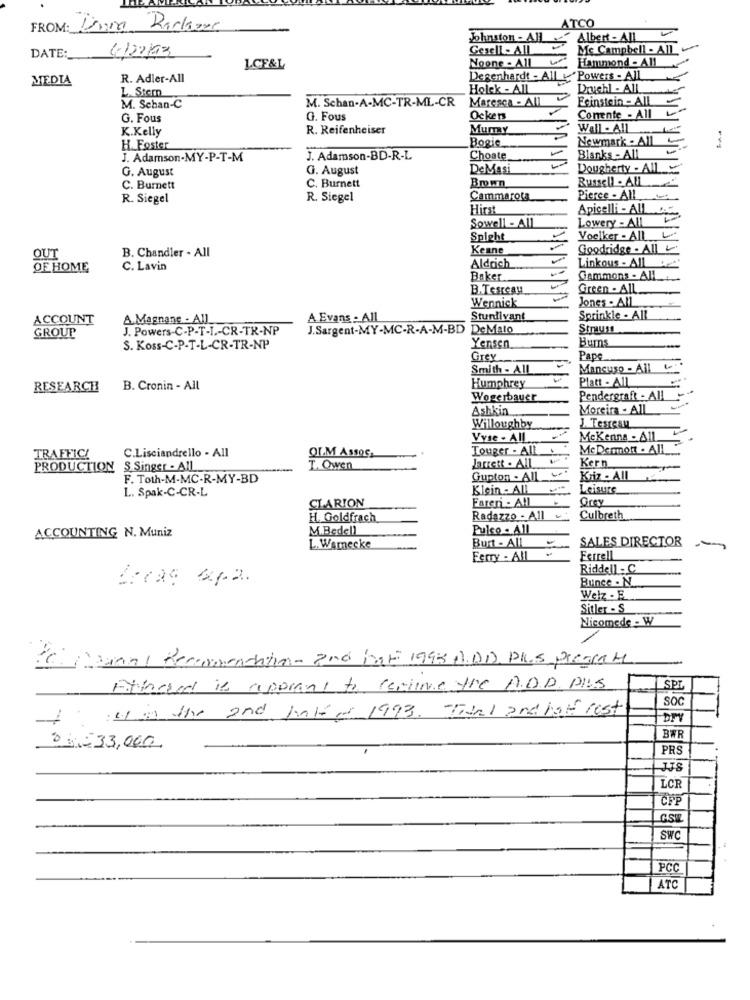
ATCO
FROM: Unia Recover
Johnston - All
Albert - All
4)20163
Gesell- All
Mc Campbell - All_
DATE :_
Noone - All
L.CE&L
Hammond - All
MEDIA
R. Adler-All
Degenhardt - All & Powers - All
L. Stem
Holek - AIL
Druchl - All
Maresca - All
Eeinstein - AIL
M. Schan-C
M. Schan-A-MC-TR-ML-CR
Comente - All
G. Fous
G. Fous
Ockers
K.Kelly
R. Reifenheiser
Mummy
Wall . Allt
Bogie
Newmark - All
H. Foster
J. Adamson-MY-P-T-M
J. Adamson-BD-R-L
Choate
Blanks - All
G. August
G. August
DeMasi
Dougherty - All .:
Russell - All
C. Burnett
C. Burnett
Brown
R. Siegel
R. Siegel
Cammarota
Pierce - All
Hirst
Apicelli - All
Sowell - All
Lowery - All
Spight
Voelker - All
Keane
Goodridge - All
OUT
B. Chandler - All
Aldrich
Linkous - Alle'
OF HOME
C. Lavin
Baker
Gammons - AIL
B.Tesreau
Green - All
Jones - All
Wennick
ACCOUNT
A. Magnane - All
A Evans - All
Sturdivant
Sprinkle - All
GROUP
J. Powers-C-P-T-I .- CR-TR-NP
J.Sargent-MY-MC-R-A-M-BD DeMato
Strauss
Bums
S. Koss-C-P-T-L-CR-TR-NP
Yensen
Grey
Pape
Smith - All
Mancuso - All "
Platt - All
RESEARCH
B. Cronin - All
Humphrey
Wogerbauer
Pendergraft - All
Ashkin
Moreira - All
Willoughby
J. Testesu
Vyse - All
McKenna - All.
C.Lisciandrello - All
OLM AssOS,
Touger - All
Mc Dermott . All
TRAFFIC!
Jarrett . All
Kern
PRODUCTION
S Singer - All
T. Owen
F. Toth-M-MC-R-MY-BD
Gupton - All
Kriz - All
L. Spak-C-CR-L
Klein - All
Leisure
Fareri - All
Grey
CLARION
H. Goldfrach
Radazzo - All
Culbreth
ACCOUNTING N. Muniz
M.Bedell
Pulso - All
Burt - All
SALES DIRECTOR
L. Warnecke
Ferry - All
Ferrell
Riddell - C
Bunce . N.
Welz . E.
Sitler - S
Nicomede - W
26 Normal Recommendation- 2nd bat 1998 A. DD PLUS Pressat
Attached is appears to centime the ADD PLUS
SPL
SOC
nul in the 2nd haline 1993. Tidal and hate rest
BW
0 , 33,000
PRS
LCR
CFP
GSE
SWC
PCC
ATC